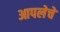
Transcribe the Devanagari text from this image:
आपलेचे